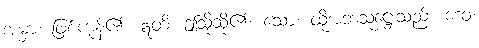
အမှာ၊ ဖြစ်ကုန်၏။ ဣတိ၊ ဤသို့ဆို၏။ သော၊ ထိုအဘသူဋ္ဌေးသည်။ ဒေဝ၊